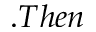
. T h e n